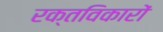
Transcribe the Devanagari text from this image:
रक्तविकारों